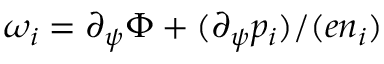
\omega _ { i } = \partial _ { \psi } \Phi + ( \partial _ { \psi } p _ { i } ) / ( e n _ { i } )